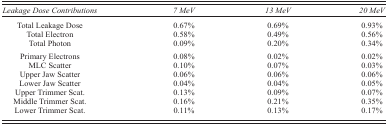
<table><thead><tr><td><b><i>Leakage Dose Contributions</i></b></td><td><b><i>7 MeV</i></b></td><td><b><i>13 MeV</i></b></td><td><b><i>20 MeV</i></b></td></tr></thead><tbody><tr><td>Total Leakage Dose</td><td>0.67%</td><td>0.69%</td><td>0.93%</td></tr><tr><td>Total Electron</td><td>0.58%</td><td>0.49%</td><td>0.56%</td></tr><tr><td>Total Photon</td><td>0.09%</td><td>0.20%</td><td>0.34%</td></tr><tr><td>Primary Electrons</td><td>0.08%</td><td>0.02%</td><td>0.02%</td></tr><tr><td>MLC Scatter</td><td>0.10%</td><td>0.07%</td><td>0.03%</td></tr><tr><td>Upper Jaw Scatter</td><td>0.06%</td><td>0.06%</td><td>0.06%</td></tr><tr><td>Lower Jaw Scatter</td><td>0.04%</td><td>0.04%</td><td>0.05%</td></tr><tr><td>Upper Trimmer Scat.</td><td>0.13%</td><td>0.09%</td><td>0.07%</td></tr><tr><td>Middle Trimmer Scat.</td><td>0.16%</td><td>0.21%</td><td>0.35%</td></tr><tr><td>Lower Trimmer Scat.</td><td>0.11%</td><td>0.13%</td><td>0.17%</td></tr></tbody></table>